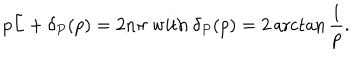
p \tilde { L } + \delta _ { P } ( p ) = 2 n \pi \textrm { w i t h } \delta _ { P } ( p ) = 2 \operatorname { a r c t a n } \frac { 1 } { p } .